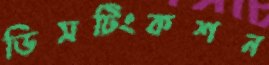
ডিসটিংকশন